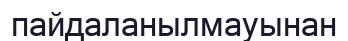
пайдаланылмауынан